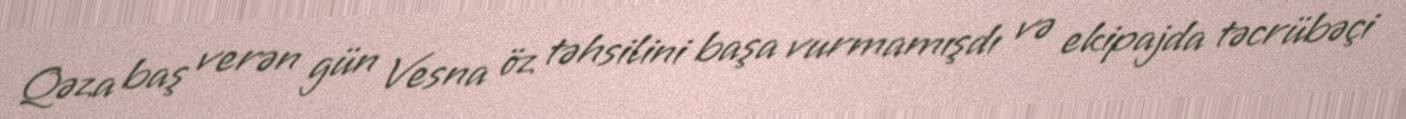
Qəza baş verən gün Vesna öz təhsilini başa vurmamışdı və ekipajda təcrübəçi